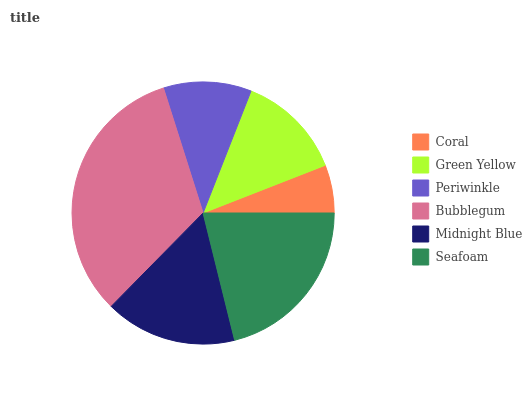
| Coral | Green Yellow | Periwinkle | Bubblegum | Midnight Blue | Seafoam |
 | --- | --- | --- | --- | --- | --- |
 | 5.92% | 13.1% | 10.8% | 32.8% | 16.2% | 21.2% |